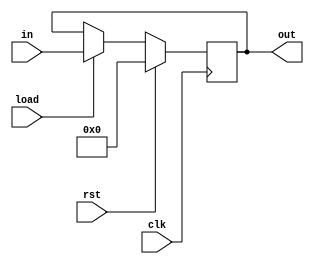
`timescale 1ns / 1ps
//////////////////////////////////////////////////////////////////////////////////
// Company: 
// Engineer: 
// 
// Design Name: 
// Module Name: reg0
// Project Name: 
// Target Devices: 
// Tool Versions: 
// Description: 
// 
// Dependencies: 
// 
// Revision:
// Revision 0.01 - File Created
// Additional Comments:
// 
//////////////////////////////////////////////////////////////////////////////////


module reg0( output reg [10:0] out,
             input[10:0] in,
             input load, clk, rst );
             
    always@(posedge clk)
    if(rst) out<=0;
    else if(load) out<=in;
         else  out<=out;
    
    
endmodule